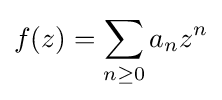
\displaystyle {f(z)=\sum _{n\geq 0}a_{n}z^{n}}